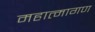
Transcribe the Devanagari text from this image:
महात्मागण